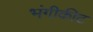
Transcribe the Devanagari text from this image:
भंगीकीट